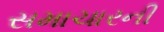
સમાચારની